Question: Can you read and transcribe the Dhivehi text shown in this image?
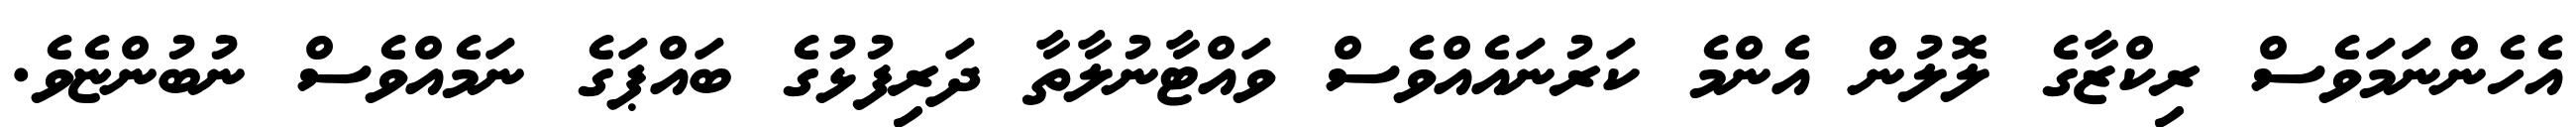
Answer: އެހެންނަމަވެސް ރިކްޒާގެ ލޮލުން އެންމެ ކަރުނައެއްވެސް ވައްޓާނުލާތާ ދަރިފުޅުގެ ބައްޕަގެ ނަމެއްވެސް ނުބުންޏެވެ.